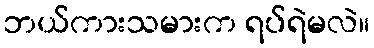
ဘယ်ကားသမားက ရပ်ရဲမလဲ။